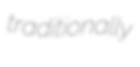
traditionally